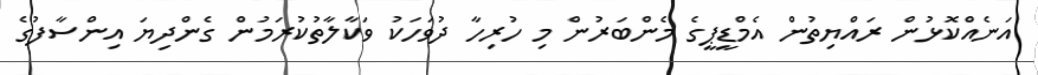
އަނެއްކޮޅުން ރައްޔިތުން އެމްޑީޕީގެ މެންބަރުން މި ހުރިހާ ދުވަހަކު ވަކާލާތުކުރަމުން ގެންދިޔަ އިންސާފުގެ